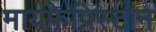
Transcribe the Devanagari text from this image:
मायफेप्रिस्टोन